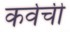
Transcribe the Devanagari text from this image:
कर्वची